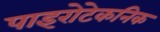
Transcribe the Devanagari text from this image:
पाइरोटेकनिक